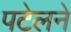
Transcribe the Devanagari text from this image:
पटेलने